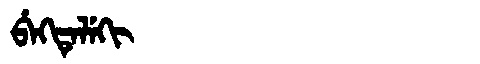
Manchu: ᠪᡝᡴᡨᡝᠯᡝᡴᡳ
Romanization: BEKTELEKI